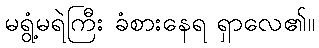
မရွံ့မရဲကြီး ခံစားနေရ ရှာလေ၏။